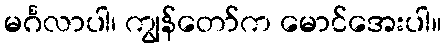
မင်္ဂလာပါ၊ ကျွန်တော်က မောင်အေးပါ။